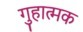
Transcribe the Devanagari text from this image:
गुहात्मक